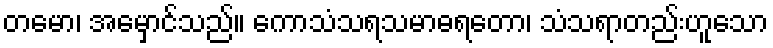
တမော၊ အမှောင်သည်။ ကောသံသရသမာဓရတော၊ သံသရာတည်းဟူသော